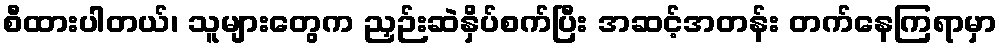
စီထားပါတယ်၊ သူများတွေက ညှဉ်းဆဲနှိပ်စက်ပြီး အဆင့်အတန်း တက်နေကြရာမှာ